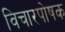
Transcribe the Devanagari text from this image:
विचारपोषक